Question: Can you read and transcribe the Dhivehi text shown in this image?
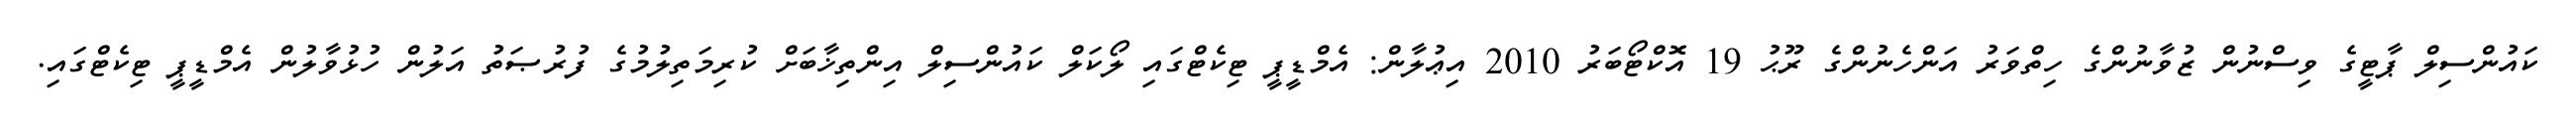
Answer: ކައުންސިލް ޕާޓީގެ ވިސްނުން ޒުވާނުންގެ ހިތްވަރު އަންހެނުންގެ ރޫޙު 19 އޮކްޓޯބަރު 2010 އިޢުލާން: އެމްޑީޕީ ޓިކެޓްގައި ލޯކަލް ކައުންސިލް އިންތިޚާބަށް ކުރިމަތިލުމުގެ ފުރުޞަތު އަލުން ހުޅުވާލުން އެމްޑީޕީ ޓިކެޓްގައި.